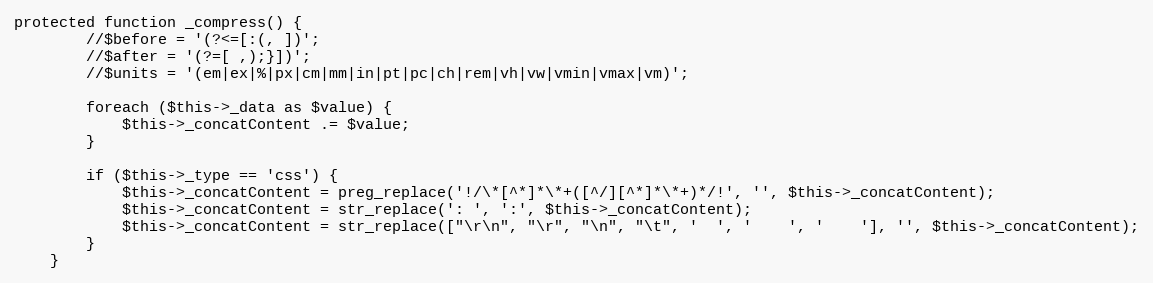
Language: PHP
protected function _compress() {
        //$before = '(?<=[:(, ])';
        //$after = '(?=[ ,);}])';
        //$units = '(em|ex|%|px|cm|mm|in|pt|pc|ch|rem|vh|vw|vmin|vmax|vm)';

        foreach ($this->_data as $value) {
            $this->_concatContent .= $value;
        }

        if ($this->_type == 'css') {
            $this->_concatContent = preg_replace('!/\*[^*]*\*+([^/][^*]*\*+)*/!', '', $this->_concatContent);
            $this->_concatContent = str_replace(': ', ':', $this->_concatContent);
            $this->_concatContent = str_replace(["\r\n", "\r", "\n", "\t", '  ', '    ', '    '], '', $this->_concatContent);
        }
    }